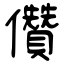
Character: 儹